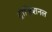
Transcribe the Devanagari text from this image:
ट्रांज़िशनल